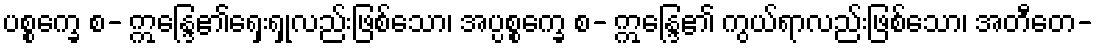
ပစ္စက္ခေ စ- ဣန္ဒြေ၏ရှေးရှုလည်းဖြစ်သော၊ အပ္ပစ္စက္ခေ စ- ဣန္ဒြေ၏ ကွယ်ရာလည်းဖြစ်သော၊ အတီတေ-